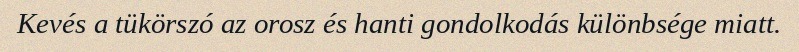
Kevés a tükörszó az orosz és hanti gondolkodás különbsége miatt.